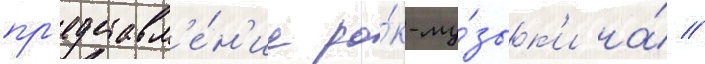
пр'едставл'е́н'ие ро́к-му́зык'и на́ //